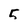
Character: 5